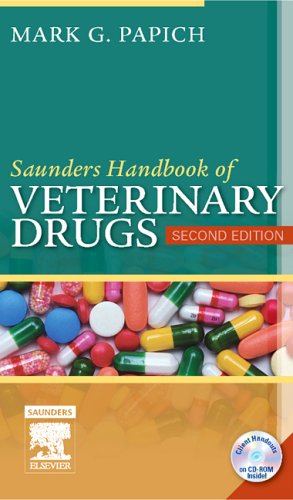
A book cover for Saunders Handbook of Veterinary Drugs, 2e (Handbook of Veterinary Drugs  (Saunders)); Mark G. Papich DVM  MS  DACVCP; Medical Books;